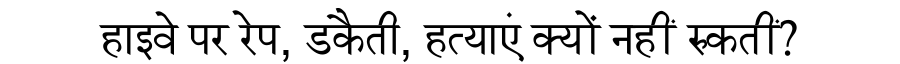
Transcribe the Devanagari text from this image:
हाइवे पर रेप, डकैती, हत्याएं क्यों नहीं रुकतीं?